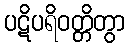
ပဋိပရိဝတ္တိတွာ